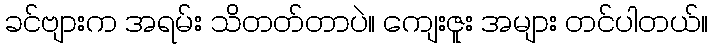
ခင်ဗျားက အရမ်း သိတတ်တာပဲ။ ကျေးဇူး အများ တင်ပါတယ်။